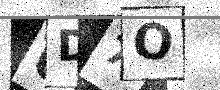
Text: 6D7O